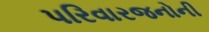
પરિવારજનોની